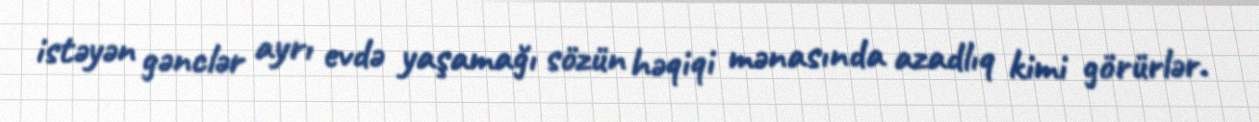
istəyən gənclər ayrı evdə yaşamağı sözün həqiqi mənasında azadlıq kimi görürlər.